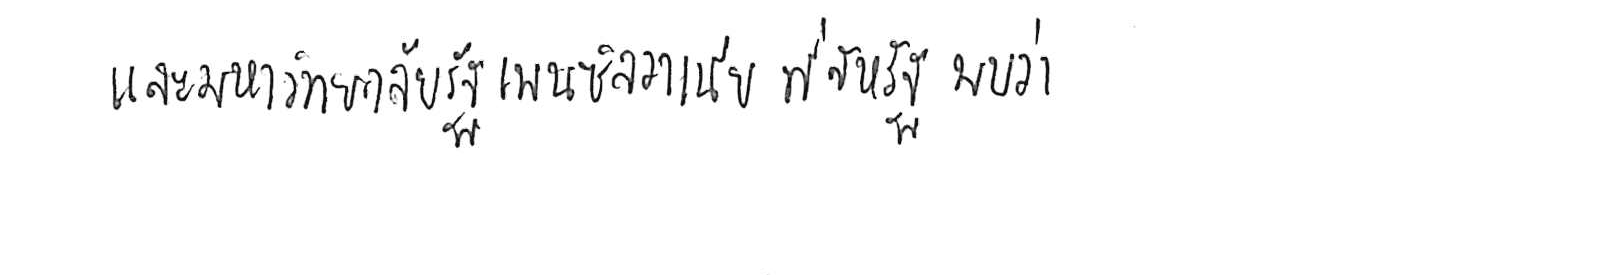
และมหาวิทยาลัยรัฐเพนซิลวาเนีย ที่สหรัฐ พบว่า